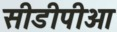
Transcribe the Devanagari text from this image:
सीडीपीओ